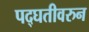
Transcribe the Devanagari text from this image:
पद्घतीवरुन